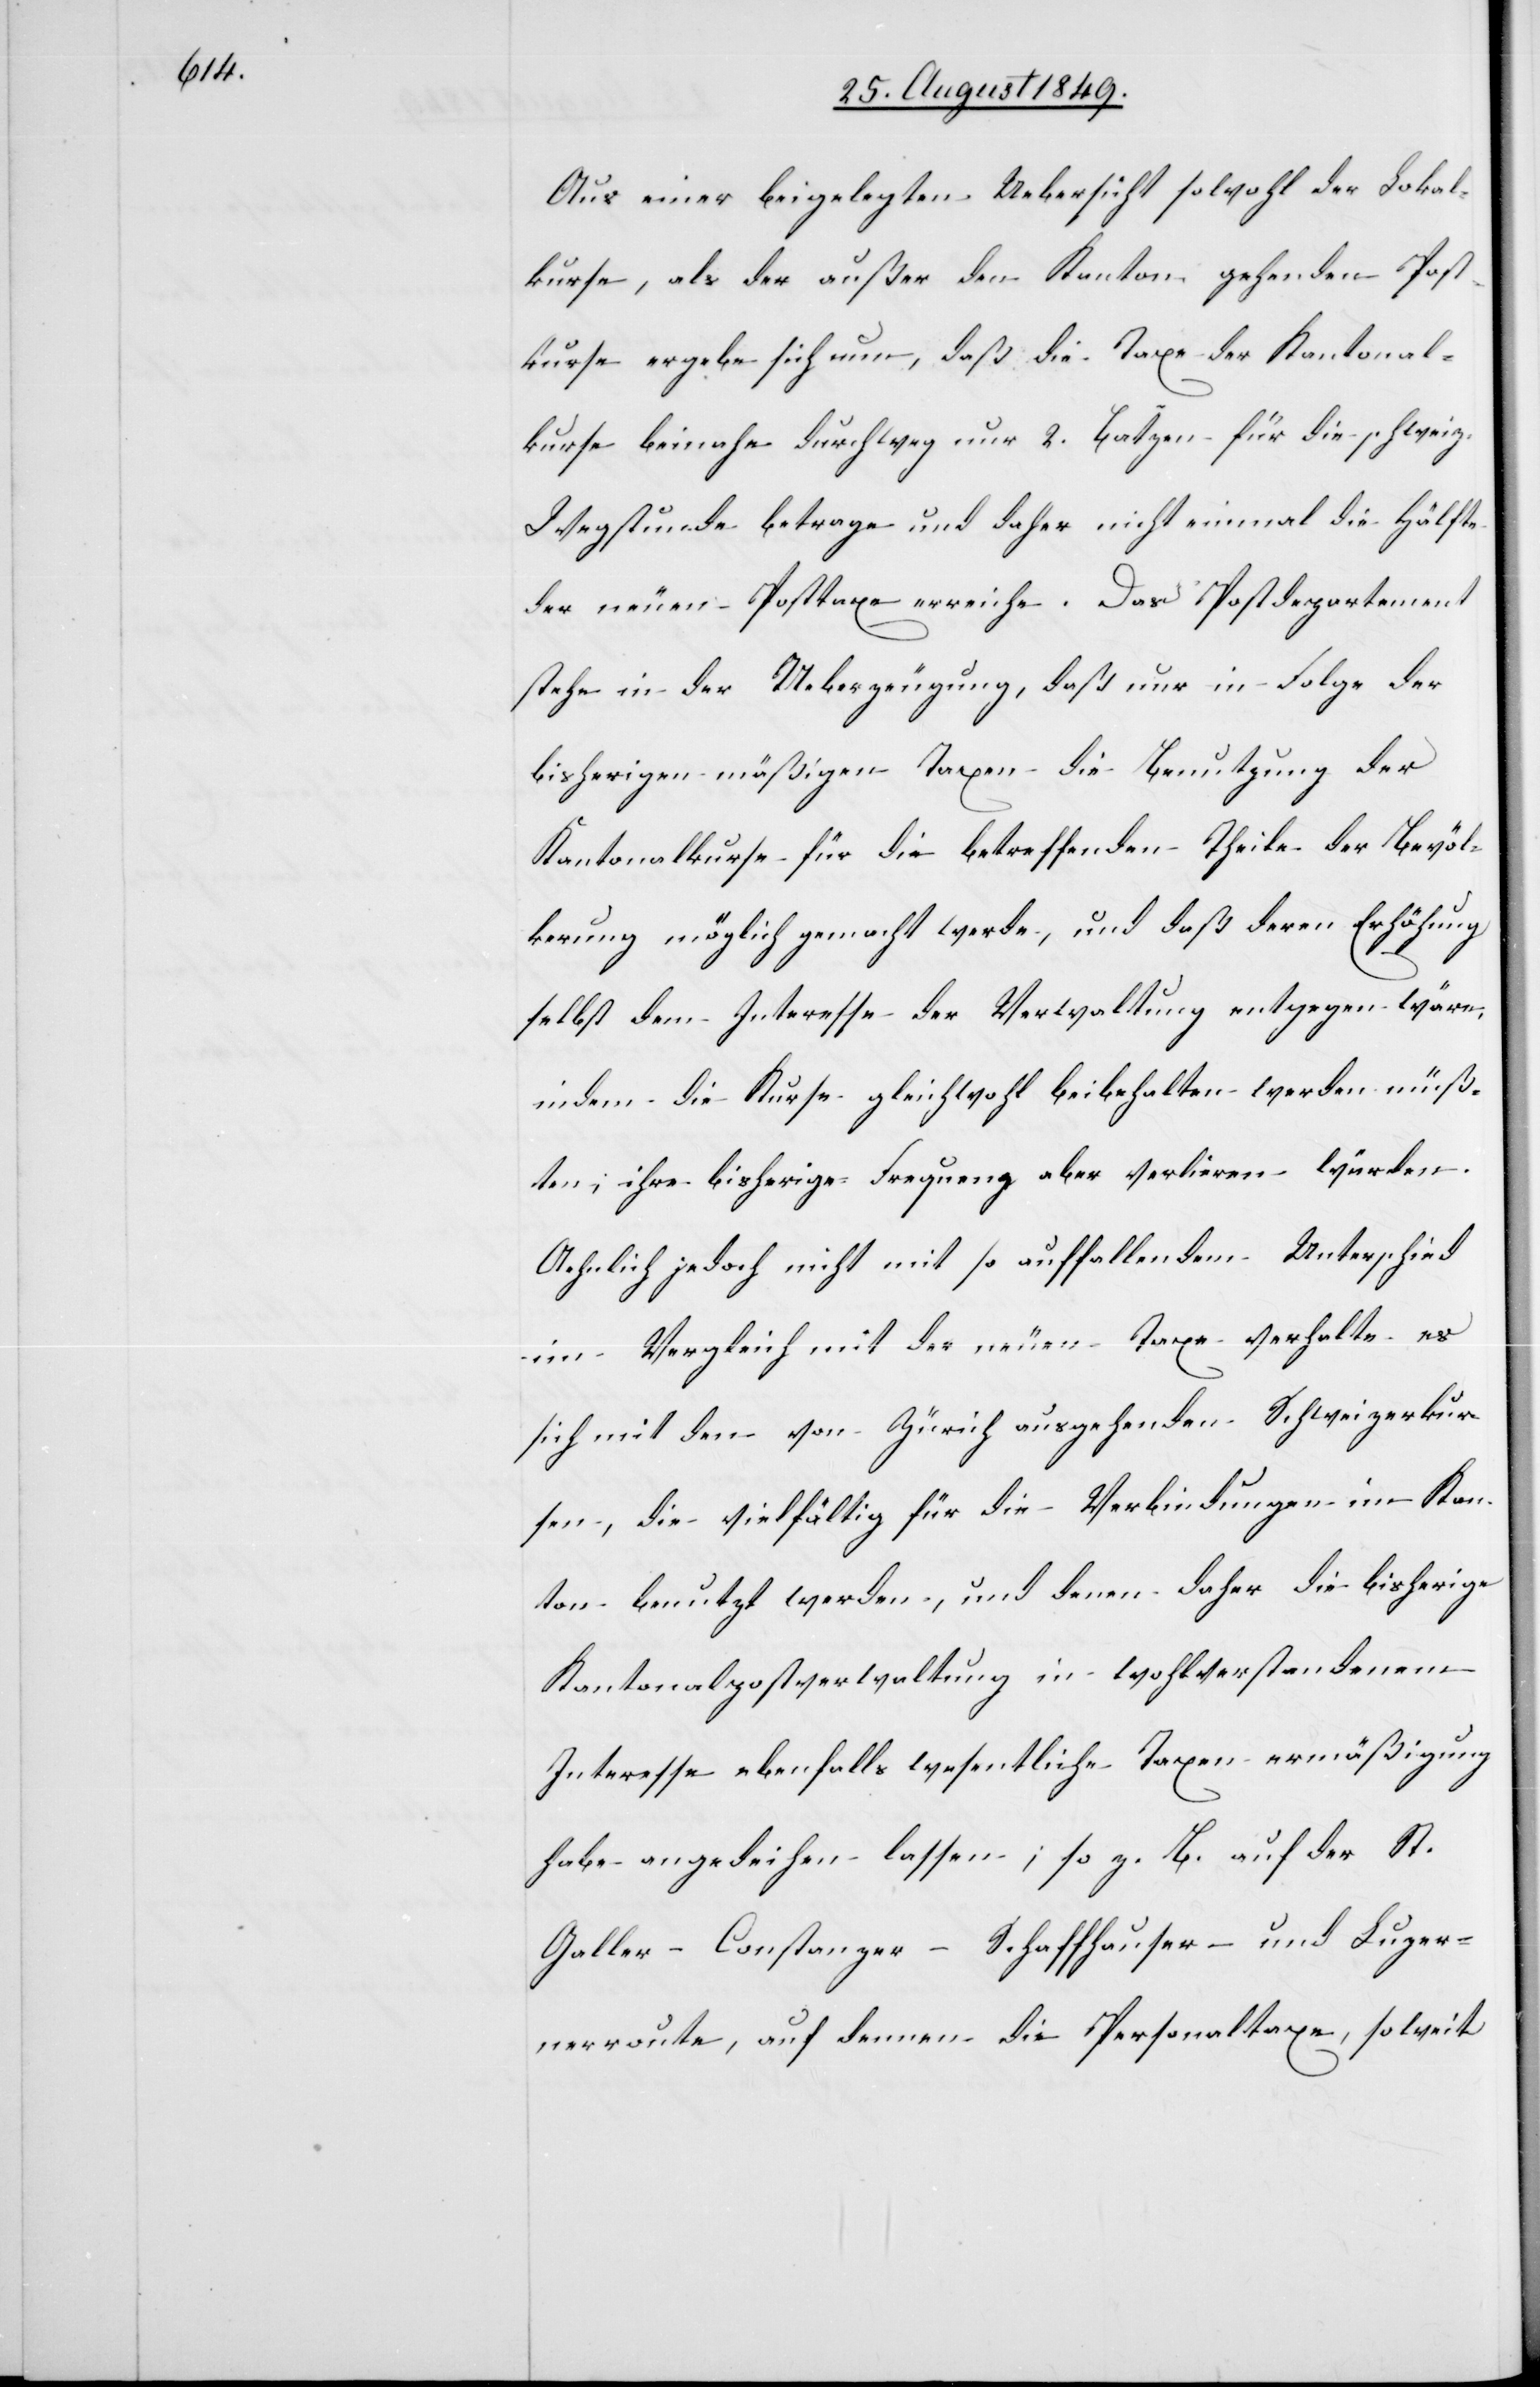
Aus einer beigelegten Uebersicht sowohl der Lokal¬
kurse, als der außer den Kanton gehenden Post¬
kurse ergebe sich nun, daß die Taxe der Kantonal¬
kurse beinahe durchweg nur 2. Batzen für die schweiz.
Wegstunde betrage und daher nicht einmal die Hälfte
der neuen Posttaxe erreiche. Das Postdepartement
stehe in der Ueberzeugung, daß nur in Folge der
bisherigen mäßigen Taxen die Benutzung der
Kantonalkurse für die betreffenden Theile der Bevöl¬
kerung möglich gemacht werde, und daß deren Erhöhung
selbst dem Interesse der Verwaltung entgegen wäre,
indem die Kurse gleichwohl beibehalten werden müß¬
ten; ihre bisherige Frequenz aber verlieren würden.
Aehnlich jedoch nicht mit so auffallendem Unterschied
im Vergleich mit der neuen Taxe verhalte es
sich mit den von Zürich ausgehenden Schweizerkur¬
sen, die vielfältig für die Verbindungen im Kan¬
ton benutzt werden, und denen daher die bisherige
Kantonalpostverwaltung in wohlverstandenem
Interesse ebenfalls wesentliche Taxen ermäßigung
habe angedeihen lassen; so z. B. auf der St.
Galler-[,] Constanzer-[,] Schaffhauser- und Luzer¬
nerroute, auf denen die Personaltaxe, soweit